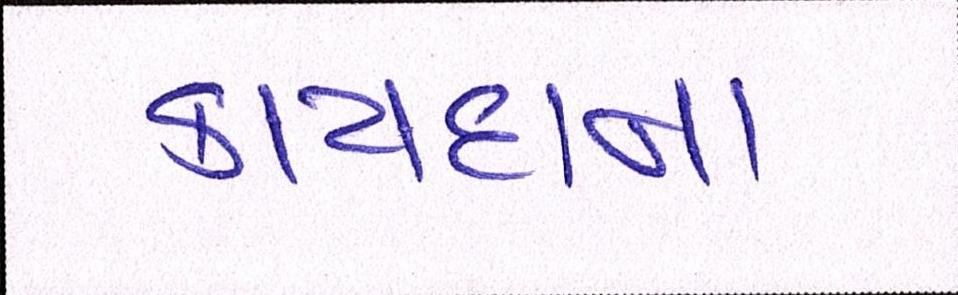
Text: કાયદાના